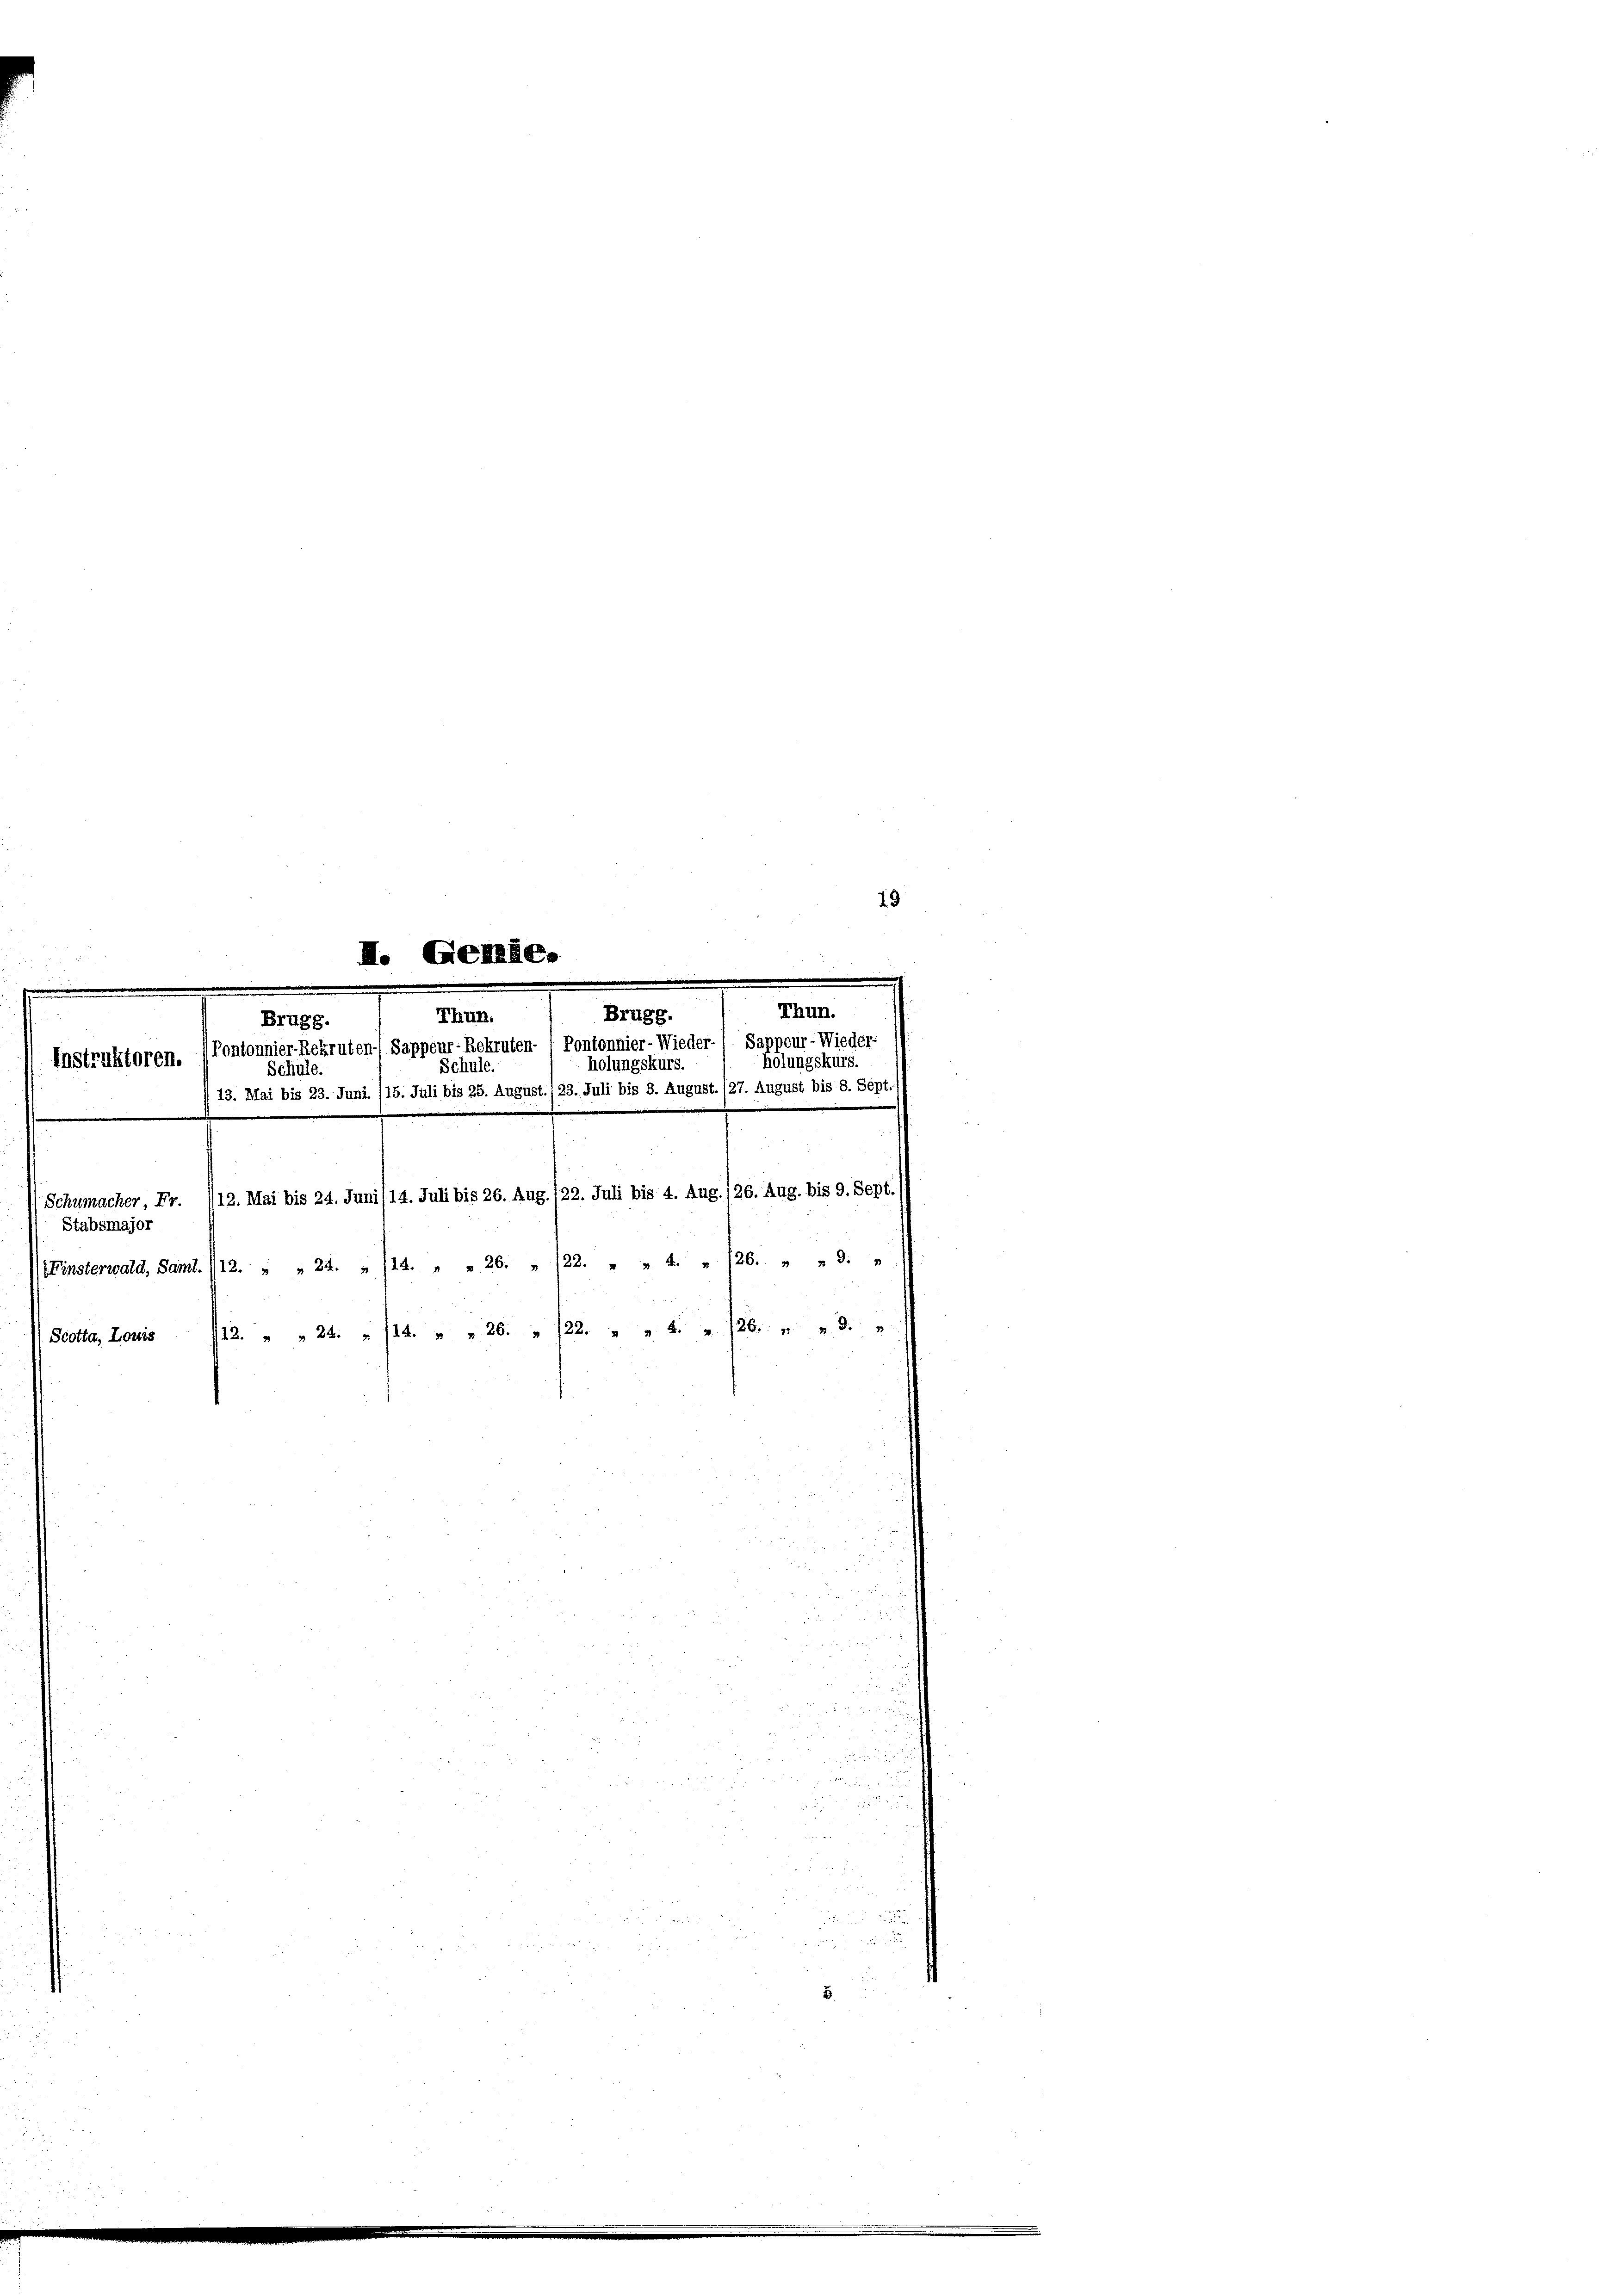
I. Genie.
Brugg.
Thun.
Brugg.
Pontonnier-Rekruten- Sappeur-Rekruten , Pontonnier-Wieder-/ Sappeur- Wieder-
Instruktoren.
holungskurs.
Schule.
Schule.
 13. Mai bis 23. Juni. (15. Juli bis 25. August./23. Juli bis 3. August. (27. August bis 8. Sept.
Schumacher, Fr. 412. Mai bis 24. Juni /14. Juli bis 26. Aug. 122. Juli bis 4. Aug. 126. Aug. bis 9. Ser
Stabsmajor
Finsterwald, Samt. /12. " " 24. » 14. " " 26. „ /22. „ „ 4. " 126. " " 9. „
112. " " 24 " 14 " " 26. 22. " " " 126. d.
Scotta, Louis

Thun.
Hölungskurs.

19